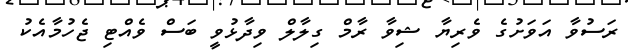
ރަސުވާ އަވަށުގެ ވެރިޔާ ޝިވާ ރާމް ގިލާލް ވިދާޅުވީ ބަސް ވެއްޓި ޖެހުމާއެކު